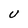
Character: U